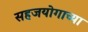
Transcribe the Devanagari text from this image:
सहजयोगाच्या